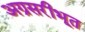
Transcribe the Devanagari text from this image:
अग्रसरीभूत